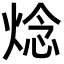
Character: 焾